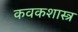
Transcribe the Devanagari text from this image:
कवकशास्त्र